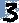
Text: 3